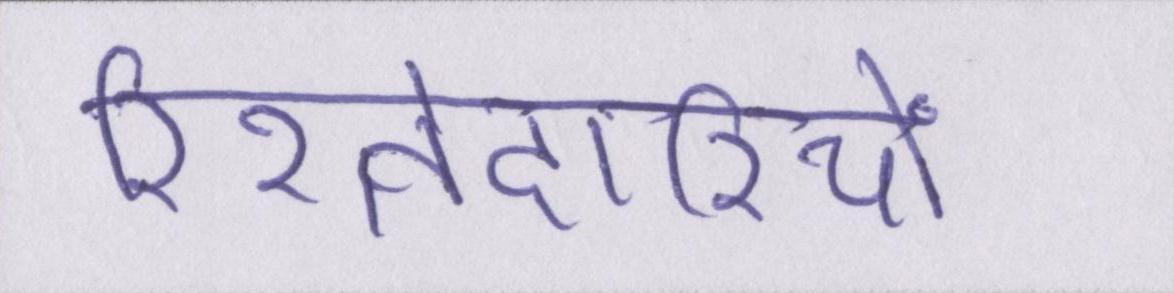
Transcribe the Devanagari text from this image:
रिश्तेदारियों